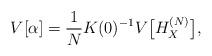
LaTeX: \begin{align*}V[\alpha]=\frac{1}{N}K(0)^{-1} V\bigl[H^{(N)}_{X}\bigr], \end{align*}